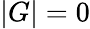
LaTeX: |G|=0